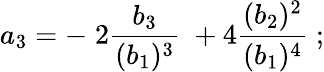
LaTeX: a_{3}=-\; 2{\frac{b_{3}}{(b_{1})^{3}}}\; +4{\frac{(b_{2})^{2}}{(b_{1})^{4}}}\; ;